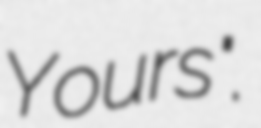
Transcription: Yours".